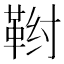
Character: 𬰤